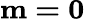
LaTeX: \mathbf{m=0}